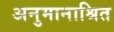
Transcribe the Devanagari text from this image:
अनुमानाश्रित